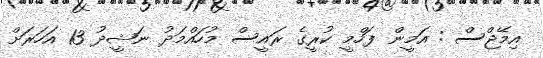
އިމޭޖްސް : އަމީން ފަހްމީ ކުރީގެ ރައީސް މުހައްމަދު ނަޝީދު 13 އަހަރަށް